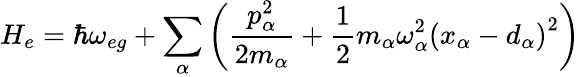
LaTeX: H_{e}=\hbar\omega_{eg}+\sum_{\alpha}\left(\frac{p_{\alpha}^{2}}{2m_{\alpha}}+\frac{1}{2}m_{\alpha}\omega_{\alpha}^{2}\left(x_{\alpha}-d_{\alpha}\right)^{2}\right)